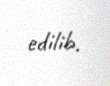
edilib.